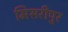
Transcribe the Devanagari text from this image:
मिसरीपुर